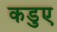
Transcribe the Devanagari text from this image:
कडुए